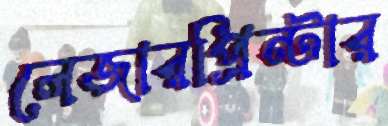
লেজারপ্রিন্টার